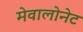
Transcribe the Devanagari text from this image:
मेवालोनेट